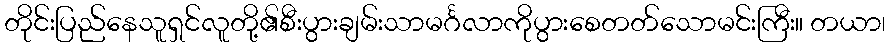
တိုင်းပြည်နေသူရှင်လူတို့၏စီးပွားချမ်းသာမင်္ဂလာကိုပွားစေတတ်သောမင်းကြီး။ တယာ၊